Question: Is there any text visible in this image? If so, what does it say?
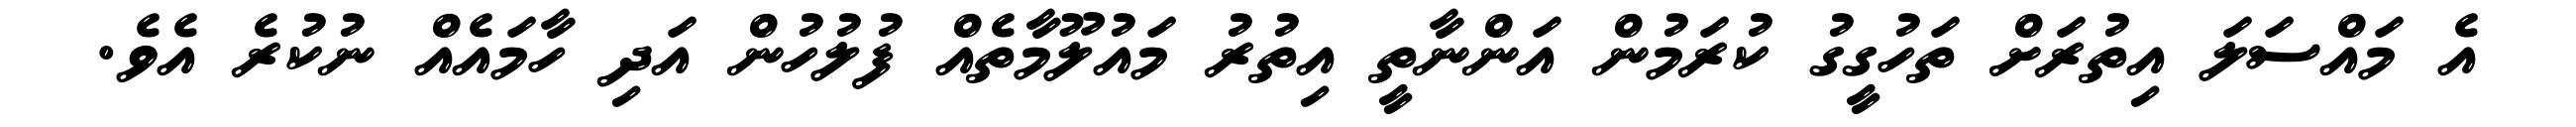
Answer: އެ މައްސަލަ އިތުރަށް ތަހުގީގު ކުރަމުން އަންނާތީ އިތުރު މައުލޫމާތެއް ފުލުހުން އަދި ހާމައެއް ނުކުރެ އެވެ.